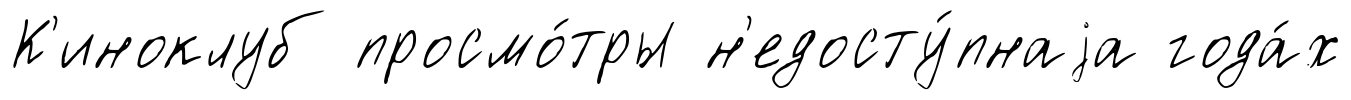
К'иноклуб просмо́тры н'едосту́пнаjа года́х